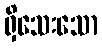
ရှိသေးသော